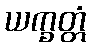
ယက္ခတ္တံ